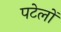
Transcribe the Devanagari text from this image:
पटेलों